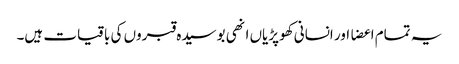
یہ تمام اعضا اور انسانی کھوپڑیاں انھی بوسیدہ قبروں کی باقیات ہیں۔